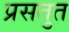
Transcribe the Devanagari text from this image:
प्रसतुत